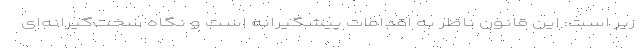
زیر است: این قانون ناظر به اقدامات پیشگیرانه است و نگاه سخت‌گیرانه‌ای